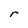
Character: r